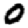
Digit: 0